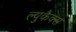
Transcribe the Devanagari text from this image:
ल्युकैक्स